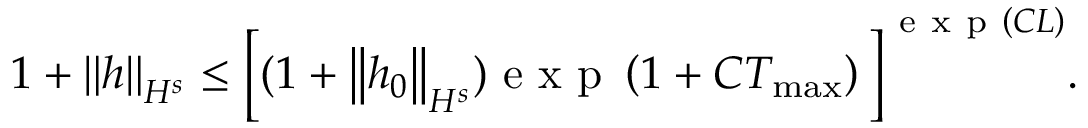
1 + \left\| h \right\| _ { H ^ { s } } \leq \bigg [ ( 1 + \left\| h _ { 0 } \right\| _ { H ^ { s } } ) \mathrm { ~ e ~ x ~ p ~ } \left( 1 + C T _ { \operatorname* { m a x } } \right) \bigg ] ^ { \mathrm { ~ e ~ x ~ p ~ } \left( C L \right) } .